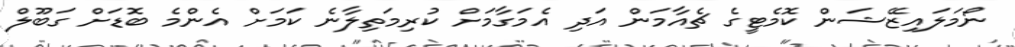
ނޯމަލައިޒޭޝަން ކޮމެޓީގެ ޗެއާމަން އަދި އެމަގާމަށް ކުރިމަތިލާނެ ކަމަށް އެންމެ ބޮޑަށް ގަބޫލް